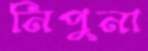
নিপুনা